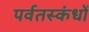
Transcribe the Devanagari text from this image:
पर्वतस्कंधों